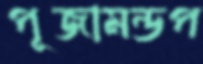
পূজামন্ডপ